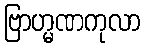
ဗြာဟ္မဏကုလာ